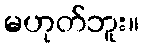
မဟုတ်ဘူး။